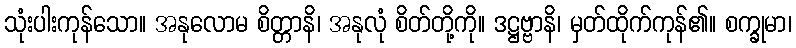
သုံးပါးကုန်သော။ အနုလောမ စိတ္တာနိ၊ အနုလုံ စိတ်တို့ကို။ ဒဋ္ဌဗ္ဗာနိ၊ မှတ်ထိုက်ကုန်၏။ စက္ခုမာ၊